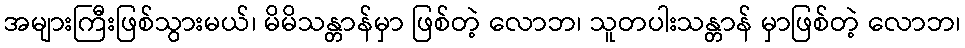
အများကြီးဖြစ်သွားမယ်၊ မိမိသန္တာန်မှာ ဖြစ်တဲ့ လောဘ၊ သူတပါးသန္တာန် မှာဖြစ်တဲ့ လောဘ၊